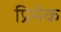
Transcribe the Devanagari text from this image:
प्रिमैक